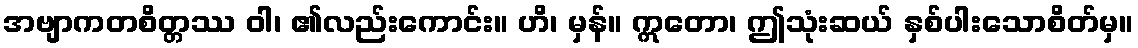
အဗျာကတစိတ္တဿ ဝါ၊ ၏လည်းကောင်း။ ဟိ၊ မှန်။ ဣတော၊ ဤသုံးဆယ် နှစ်ပါးသောစိတ်မှ။